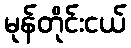
မုန်တိုင်းငယ်